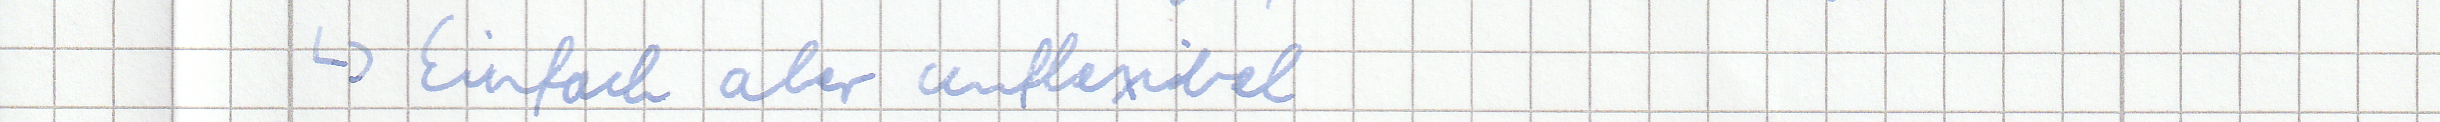
-> Einfach aber unflexibel